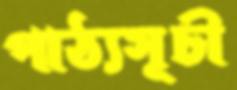
পাঠ্যসূচী